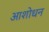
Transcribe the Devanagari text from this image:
आशोधन